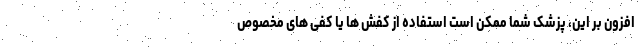
افزون بر این، پزشک شما ممکن است استفاده از کفش ها یا کفی های مخصوص